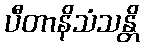
ပီတာနိသံသန္တိ